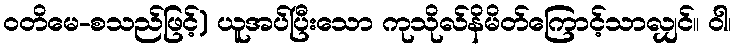
ဝတိမေ-စသည်ဖြင့်) ယူအပ်ပြီးသော ကုသိုလ်နိမိတ်ကြောင့်သာလျှင်။ ဝါ၊